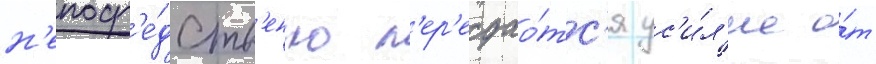
н'епоср'е́дств'енно п'ер'едао́тс'я ус'и́л'ие о́т